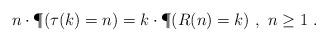
LaTeX: \begin{align*}n\cdot\P(\tau(k)=n)=k\cdot\P(R(n)=k)~,~n\geq 1~.\end{align*}